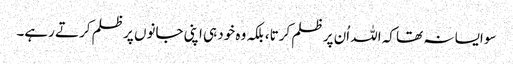
سو ایسا نہ تھا کہ اللہ اُن پر ظلم کرتا، بلکہ وہ خود ہی اپنی جانوں پر ظلم کرتے رہے۔